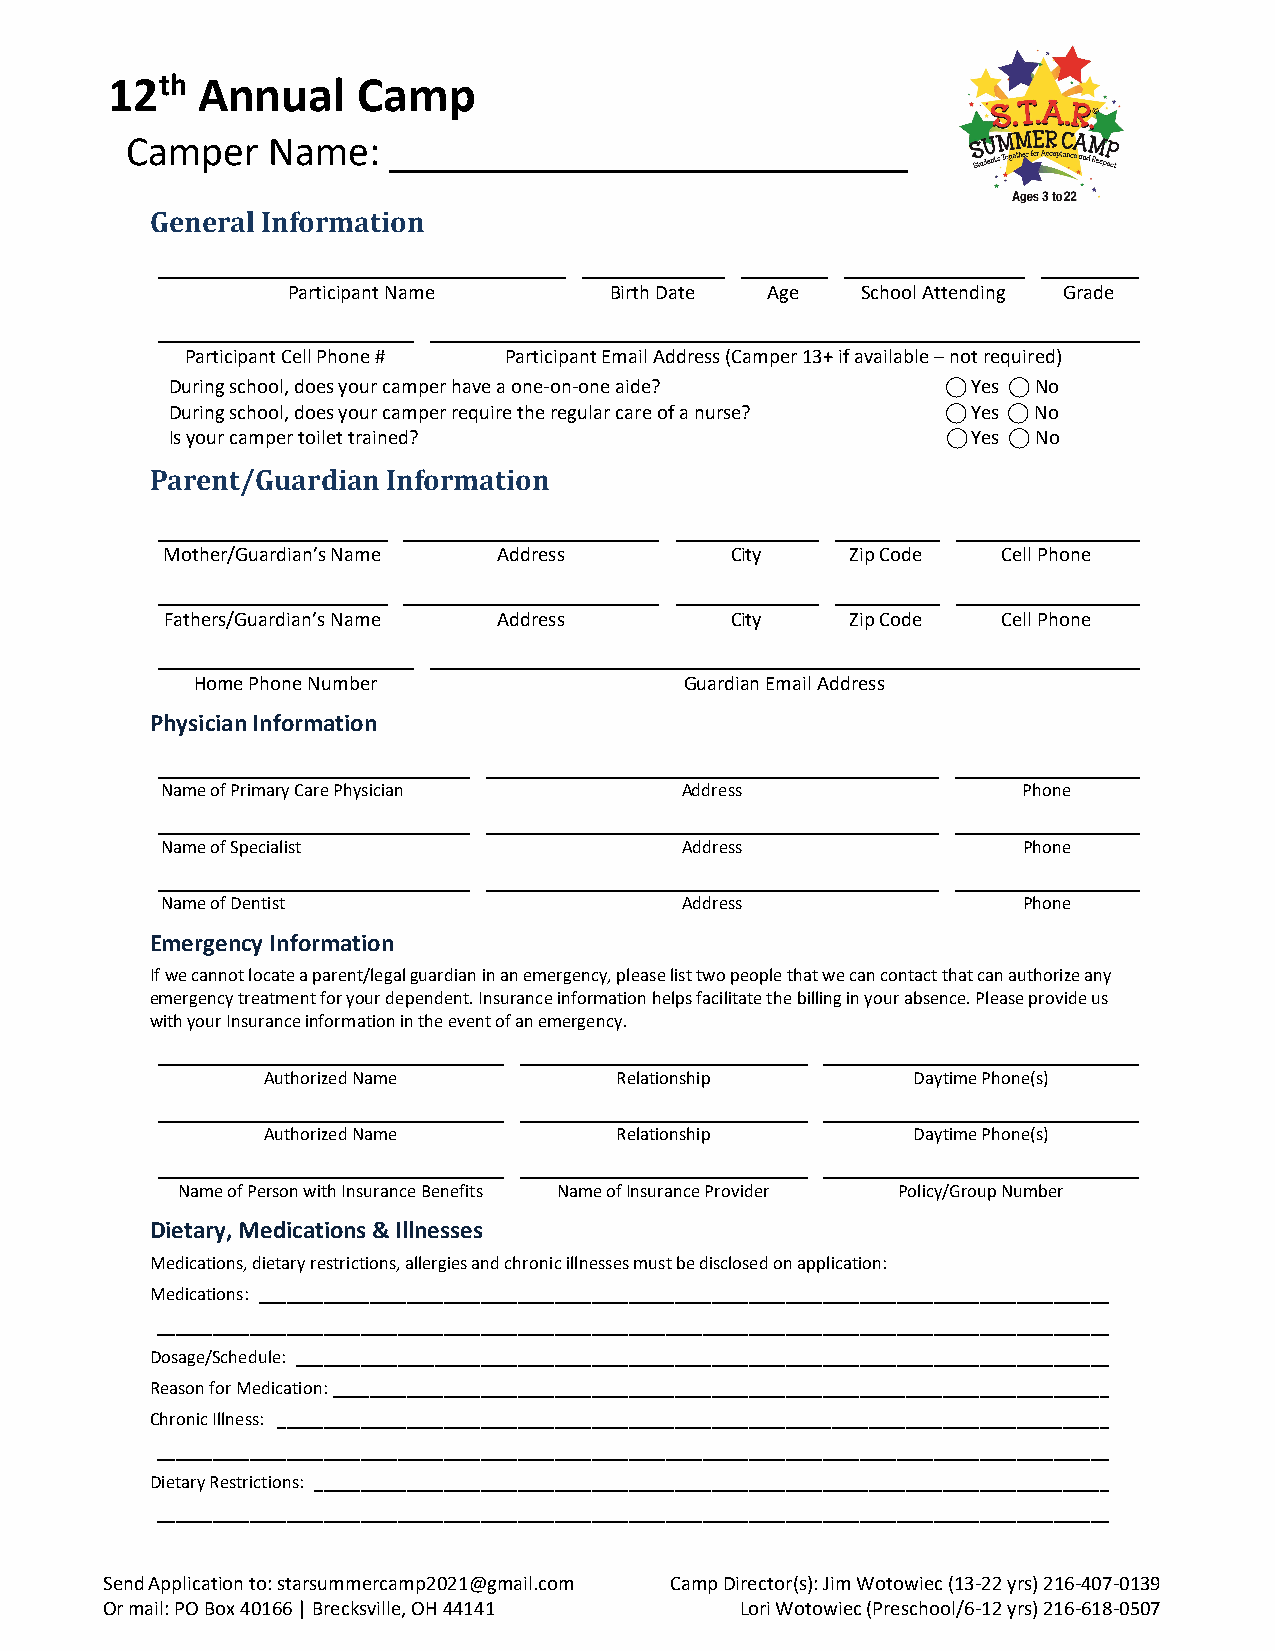
12th  Annual     Camp
 Camper    Name:   _________________________
 General Information
 Participant Name     Birth Date Age   School Attending Grade
 Participant Cell Phone # Participant Email Address (Camper 13+ if available – not required)
 During school, does your camper have a one-on-one aide? ⃝ Yes ⃝ No
 During school, does your camper require the regular care of a nurse? ⃝ Yes ⃝ No
 Is your camper toilet trained?                      ⃝ Yes ⃝ No
 Parent/Guardian Information
 Mother/Guardian’s Name Address       City    Zip Code  Cell Phone
 Fathers/Guardian’s Name Address      City    Zip Code  Cell Phone
 Home Phone Number               Guardian Email Address
 Physician Information
 Name of Primary Care Physician    Address                Phone
 Name of Specialist                Address                Phone
 Name of Dentist                   Address                Phone
 Emergency Information
 If we cannot locate a parent/legal guardian in an emergency, please list two people that we can contact that can authorize any
 emergency treatment for your dependent. Insurance information helps facilitate the billing in your absence. Please provide us
 with your Insurance information in the event of an emergency.
 Authorized Name         Relationship       Daytime Phone(s)
 Authorized Name         Relationship       Daytime Phone(s)
 Name of Person with Insurance Benefits Name of Insurance Provider Policy/Group Number
 Dietary, Medications & Illnesses
 Medications, dietary restrictions, allergies and chronic illnesses must be disclosed on application:
 Medications: ____________________________________________________________________________________________
 _______________________________________________________________________________________________________
 Dosage/Schedule: ________________________________________________________________________________________
 Reason for Medication: ____________________________________________________________________________________
 Chronic Illness: __________________________________________________________________________________________
 _______________________________________________________________________________________________________
 Dietary Restrictions: ______________________________________________________________________________________
 _______________________________________________________________________________________________________
 Send Application to: starsummercamp2021@gmail.com Camp Director(s): Jim Wotowiec (13-22 yrs) 216-407-0139
 Or mail: PO Box 40166 | Brecksville, OH 44141 Lori Wotowiec (Preschool/6-12 yrs) 216-618-0507